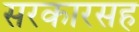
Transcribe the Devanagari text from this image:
सरकारसह